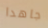
جاهدا